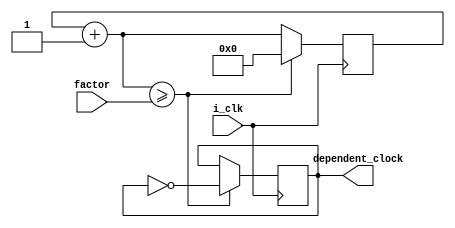
`timescale 1ns / 1ps


module clock_divider(input i_clk, input[31:0] factor, output reg dependent_clock = 0);
    
    reg[31:0] counter = 0;
    
    always@(posedge i_clk) begin
        counter = counter + 1;
        if (counter >= factor) begin
            dependent_clock <= ~dependent_clock;
            counter = 0;
        end 
    end
endmodule